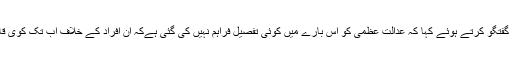
لاپتا افراد کے وکیل انعام الرحیم نے گفتگو کرتے ہوئے کہا کہ عدالت عظمیٰ کو اس بارے میں کوئی تفصیل فراہم نہیں کی گئی ہےکہ ان افراد کے خلاف اب تک کوی قانونی کارروائی کی گئی ہے یا نہیں۔